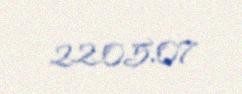
22.05.07